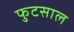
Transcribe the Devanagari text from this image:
फुटसाल